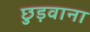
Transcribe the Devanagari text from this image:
छुड़वाना